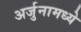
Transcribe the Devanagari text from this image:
अर्जुनामध्ये